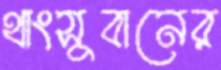
থাংসুবানের